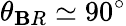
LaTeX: \theta_{\mathbf{B}R}\simeq90^{\circ}